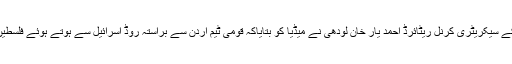
پاکستان فٹ بال فیڈریشن کے سیکریٹری کرنل ریٹائرڈ احمد یار خان لودھی نے میڈیا کو بتایاکہ قومی ٹیم اردن سے براستہ روڈ اسرائیل سے ہوتے ہوئے فلسطین پہنچ گئی ہے جب کہ ہیڈ